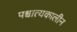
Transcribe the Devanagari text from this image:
पश्चात्यकालीन